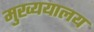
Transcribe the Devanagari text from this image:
मुख्ययालय